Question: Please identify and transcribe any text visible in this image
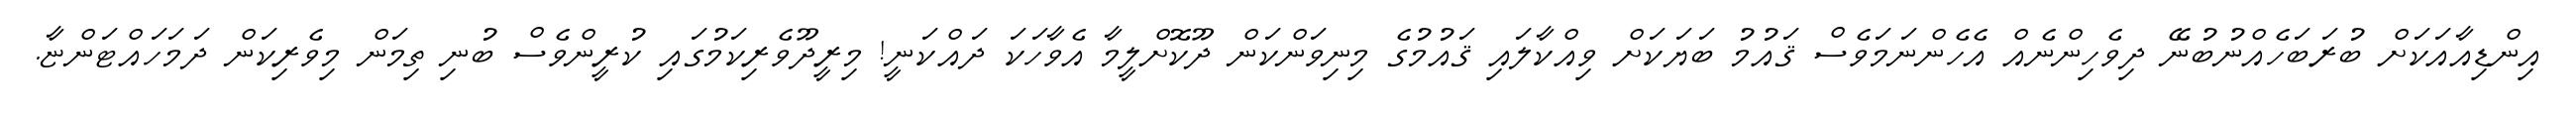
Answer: އިންޑިއާއަކަށް ބުރަބަހެއްނުބުނޭ ދިވެހިންނެއް އެހެންނަމަވެސް ޤައުމު ބަޔަކަށް ވިއްކާލައި ޤައުމުގެ މިނިވަންކަން ދޫކޮށްލީމާ އެވާހަކަ ދައްކަނީ! މިރީދޫވެރިކަމުގައި ކުރީންވެސް ބުނި ތިމަން މިވެރިކަން ދަމަހައްޓަންޏާ.